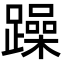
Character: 躁